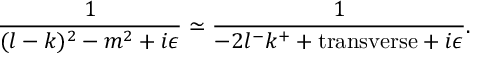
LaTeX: \frac { 1 } { ( l - k ) ^ { 2 } - m ^ { 2 } + i \epsilon } \simeq \frac { 1 } { - 2 l ^ { - } k ^ { + } + \mathrm { t r a n s v e r s e } + i \epsilon } .